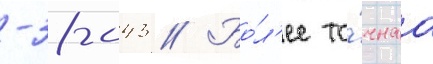
-38-043 // Бо́л'ее то́чнаа